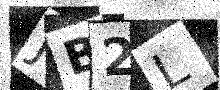
Text: JB2L